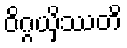
ဝိဂ္ဂယှိဿတိ